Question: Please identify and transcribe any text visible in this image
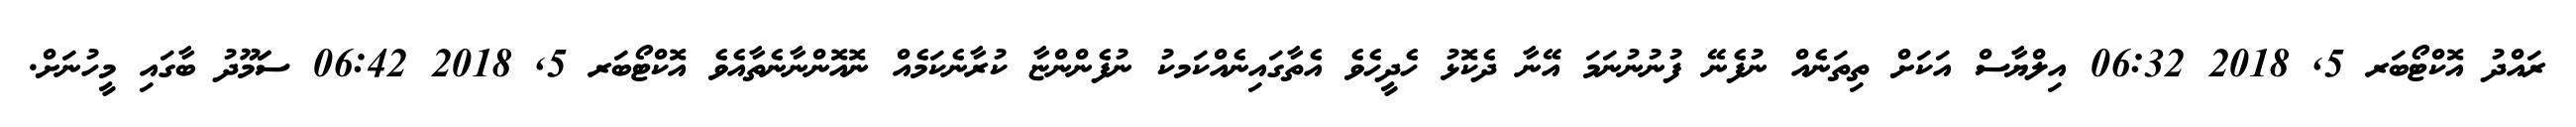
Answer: ރައްދު އޮކްޓޯބަރ 5, 2018 06:32 އިލްޔާސް އަކަށް ތިތަނެއް ނުފެނޭ ފުނުނުނަމަ އޭނާ ދެކޮޅު ހެދީހެވެ އެތާގައިނެއްކަމކު ނުފެންންޏާ ކުރާނެކަމެއް ނޮއޮންނާނެތާއެވެ އޮކްޓޯބަރ 5, 2018 06:42 ސަަމޫދު ބާގައި މީހުނަށް.